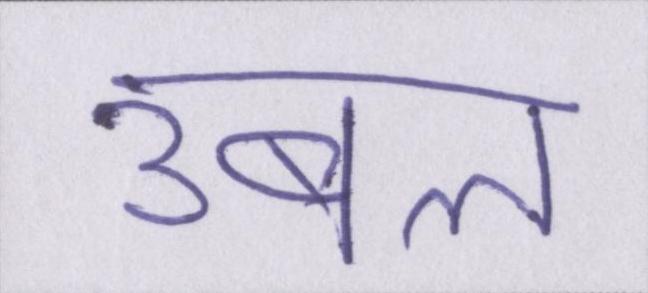
उबल